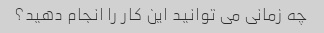
چه زمانی می توانید این کار را انجام دهید؟